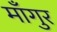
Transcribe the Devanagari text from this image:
माँगुर